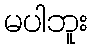
မပါဘူး